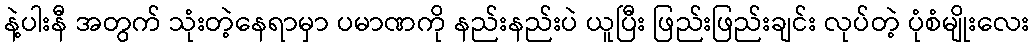
နဲ့ပါးနီ အတွက် သုံးတဲ့နေရာမှာ ပမာဏကို နည်းနည်းပဲ ယူပြီး ဖြည်းဖြည်းချင်း လုပ်တဲ့ ပုံစံမျိုးလေး